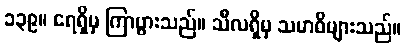
၁၃၉။ ရေရှိမှ ကြာပွားသည်။ သီလရှိမှ သမာဓိများသည်။